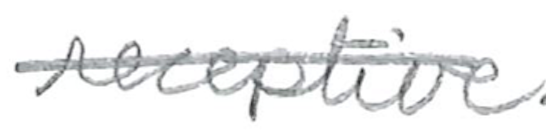
Text: receptive
Cross-out: single-line
Writing tool: pencil